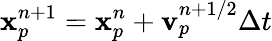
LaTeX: {\mathbf{x}}_{p}^{n+1}={\mathbf{x}}_{p}^{n}+{\mathbf{v}}_{p}^{n+1/2}\Delta t